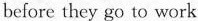
before they go to work